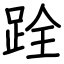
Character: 跧